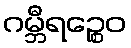
ဂမ္ဘီရဉ္စေဝ